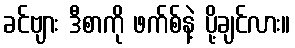
ခင်ဗျား ဒီစာကို ဖက်စ်နဲ့ ပို့ချင်လား။